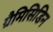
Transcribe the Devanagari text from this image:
ग्रैमिसिडिन